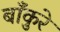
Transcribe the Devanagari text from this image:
बाँकुरे